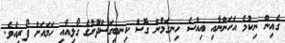
ގެއިން ނިކުމެ އަހަންނާއި އިއްސެ ހިނގަމުން ގޮސް ކިނބިގަސްދޮށުގެ ގޯޅިއާއި ހަމައަށް ފޯރިއެވެ.